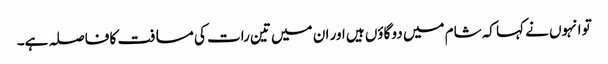
تو انہوں نے کہا کہ شام میں دو گاؤں ہیں اور ان میں تین رات کی مسافت کا فاصلہ ہے۔